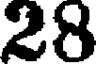
28